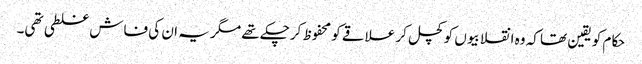
حکام کو یقین تھا کہ وہ انقلابیوں کو کچل کر علاقے کو محفوظ کرچکے تھے مگر یہ ان کی فاش غلطی تھی۔